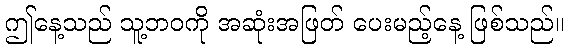
ဤနေ့သည် သူ့ဘဝကို အဆုံးအဖြတ် ပေးမည့်နေ့ ဖြစ်သည်။